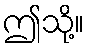
ဤသို့။